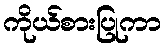
ကိုယ်စားပြုကာ